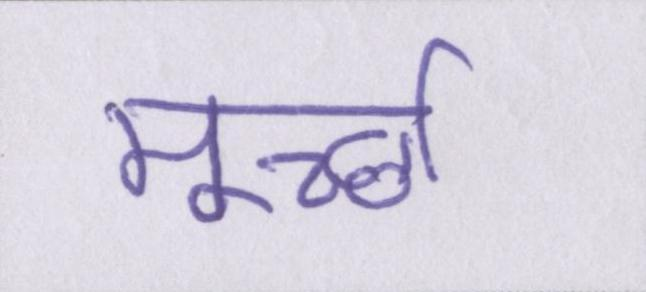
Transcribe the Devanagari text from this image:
मूर्च्छा